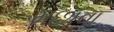
મછાવા